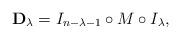
LaTeX: \begin{gather*}{\mathbf D}_\lambda = I_{n-\lambda-1} \circ M\circ I_\lambda,\end{gather*}